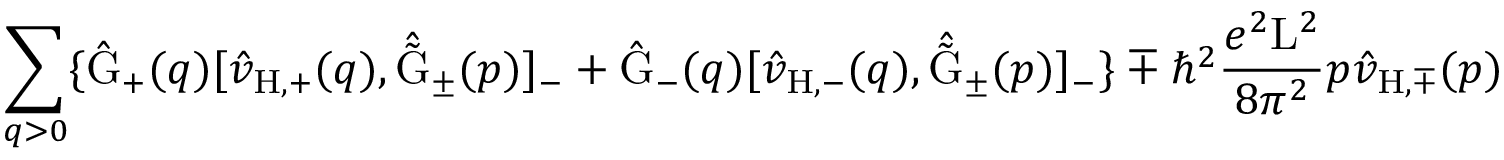
\sum _ { q > 0 } \{ \hat { \mathrm { G } } _ { + } ( q ) [ \hat { v } _ { \mathrm { H , + } } ( q ) , \hat { \tilde { \mathrm { G } } } _ { \pm } ( p ) ] _ { - } + \hat { \mathrm { G } } _ { - } ( q ) [ \hat { v } _ { \mathrm { H , - } } ( q ) , \hat { \tilde { \mathrm { G } } } _ { \pm } ( p ) ] _ { - } \} \mp { \hbar } ^ { 2 } \frac { e ^ { 2 } \mathrm { L } ^ { 2 } } { 8 { \pi } ^ { 2 } } p \hat { v } _ { \mathrm { H , \mp } } ( p )